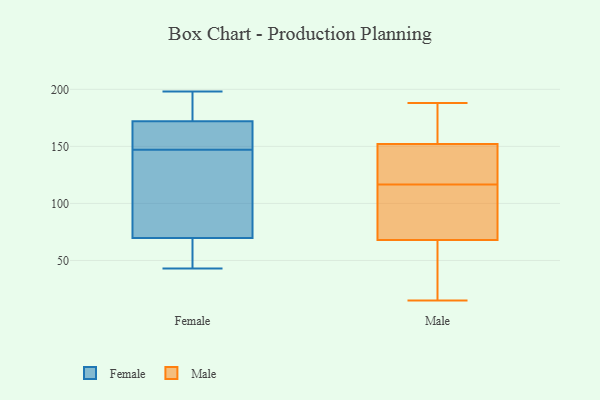
{"axis": {"x": "Bounce Rate (%)", "y": "Value"}, "legend": ["Female", "Male"], "data": [{"x": "", "y": 63, "type": "Female"}, {"x": "", "y": 45, "type": "Female"}, {"x": "", "y": 147, "type": "Female"}, {"x": "", "y": 133, "type": "Female"}, {"x": "", "y": 198, "type": "Female"}, {"x": "", "y": 149, "type": "Female"}, {"x": "", "y": 105, "type": "Female"}, {"x": "", "y": 184, "type": "Female"}, {"x": "", "y": 185, "type": "Female"}, {"x": "", "y": 168, "type": "Female"}, {"x": "", "y": 43, "type": "Female"}, {"x": "", "y": 185, "type": "Female"}, {"x": "", "y": 108, "type": "Female"}, {"x": "", "y": 161, "type": "Female"}, {"x": "", "y": 60, "type": "Female"}, {"x": "", "y": 162, "type": "Female"}, {"x": "", "y": 72, "type": "Female"}, {"x": "", "y": 15, "type": "Male"}, {"x": "", "y": 188, "type": "Male"}, {"x": "", "y": 80, "type": "Male"}, {"x": "", "y": 45, "type": "Male"}, {"x": "", "y": 141, "type": "Male"}, {"x": "", "y": 164, "type": "Male"}, {"x": "", "y": 100, "type": "Male"}, {"x": "", "y": 68, "type": "Male"}, {"x": "", "y": 152, "type": "Male"}, {"x": "", "y": 133, "type": "Male"}]}